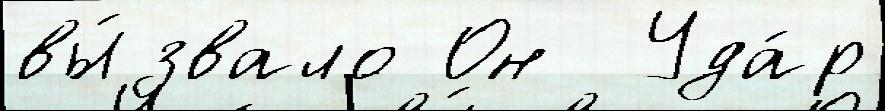
вы́звало Он  Уда́р